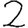
Digit: 2